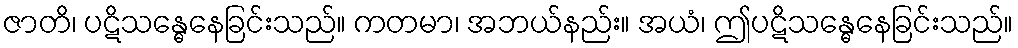
ဇာတိ၊ ပဋိသန္ဓေနေခြင်းသည်။ ကတမာ၊ အဘယ်နည်း။ အယံ၊ ဤပဋိသန္ဓေနေခြင်းသည်။